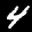
Label: 4